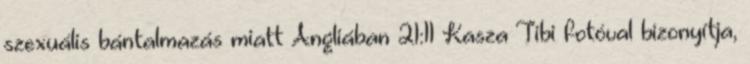
szexuális bántalmazás miatt Angliában 21:11 Kasza Tibi fotóval bizonyítja,